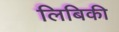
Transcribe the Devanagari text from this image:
लिबिकी